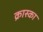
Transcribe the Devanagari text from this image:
क्रास्का